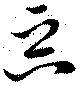
悪